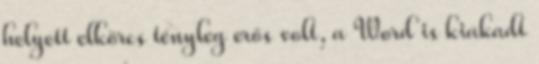
helyett elkörcs tényleg erős volt, a Word is kiakadt